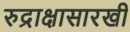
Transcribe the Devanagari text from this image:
रुद्राक्षासारखी